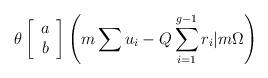
LaTeX: \begin{align*}\theta \left[ \begin{array}{c} a \\ b \end{array} \right]\left(m\sum u_i -Q\sum_{i=1}^{g-1}r_i |m\Omega \right)\end{align*}